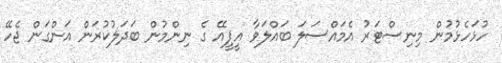
ހުޅަހެޅުމުން މިނިސްޓަރު އެމައްސަލަ ބައްލަވާ އީޕީއޭ ގެ ނިންމުން ބަދަލުކުރަން އަންގަން ޖެހޭ